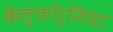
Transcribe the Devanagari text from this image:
कैल्फोर्निया